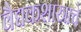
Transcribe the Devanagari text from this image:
वैद्यकशास्त्राचे